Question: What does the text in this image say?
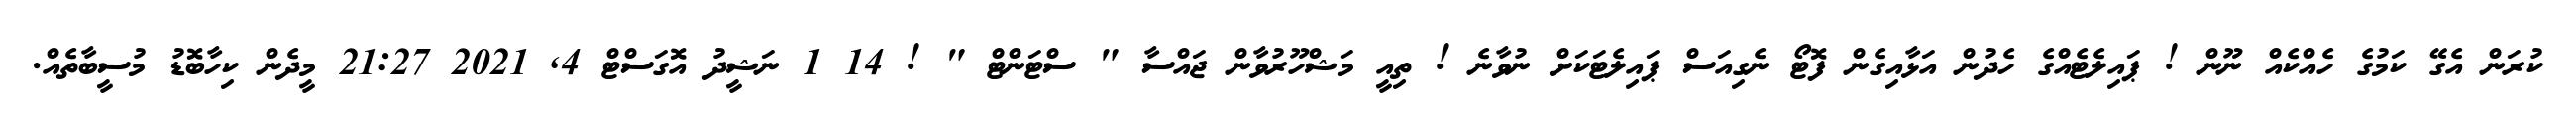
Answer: ކުރަން އެގޭ ކަމުގެ ހެއްކެއް ނޫން ! ޕައިލެޓެއްގެ ހެދުން އަޅާއިގެން ފޮޓޯ ނެގިއަސް ޕައިލެޓަކަށް ނުވާނެ ! ތިއީ މަޝްހޫރުވާން ޖައްސާ " ސްޓަންޓް " ! 14 1 ނަޝީދު އޮގަސްޓް 4, 2021 21:27 މީދެން ކިހާބޮޑު މުސީބާތެއް.